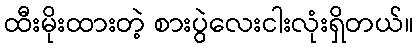
ထီးမိုးထားတဲ့ စားပွဲလေးငါးလုံးရှိတယ်။